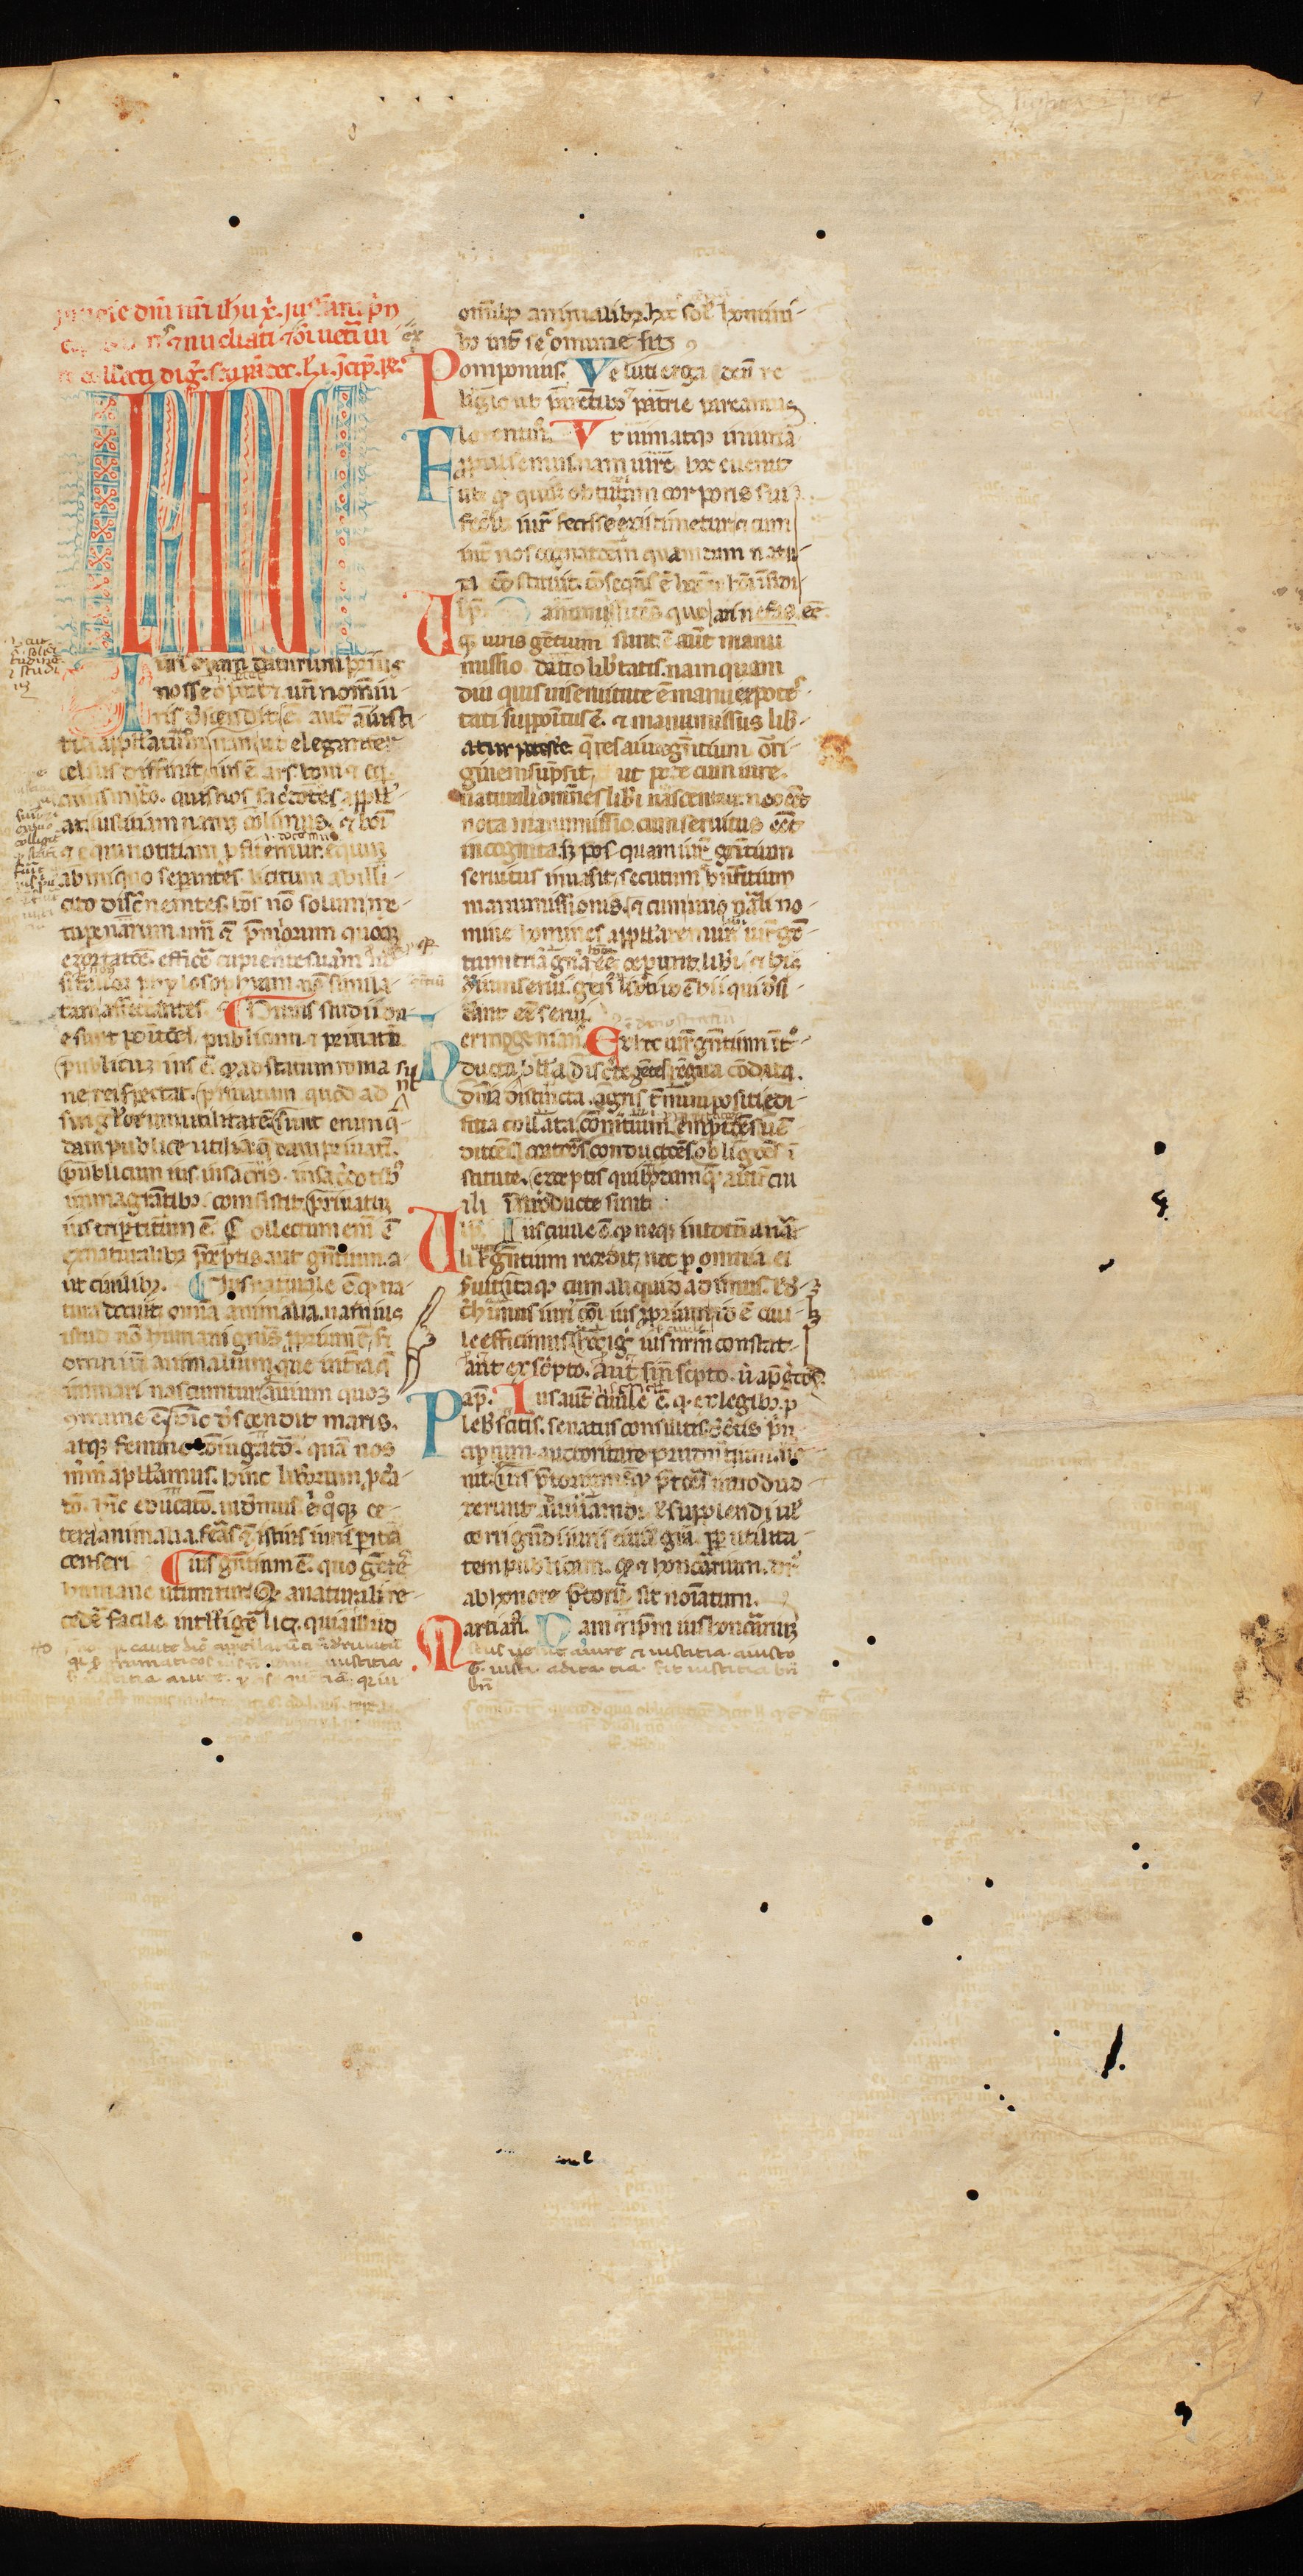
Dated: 1300–1399